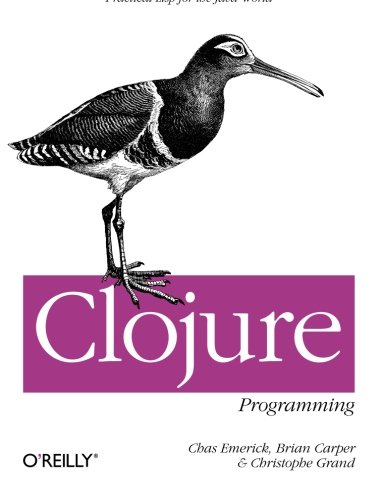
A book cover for Clojure Programming; Chas Emerick; Computers & Technology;